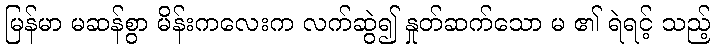
မြန်မာ မဆန်စွာ မိန်းကလေးက လက်ဆွဲ၍ နှုတ်ဆက်သော မ ၏ ရဲရင့် သည့်